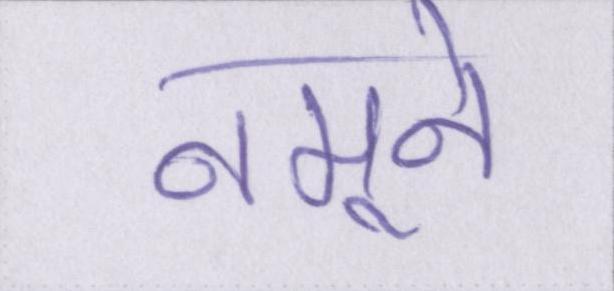
नमूने